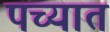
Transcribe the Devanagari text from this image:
पच्यात